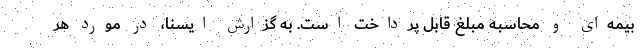
بیمه‌ای و محاسبه مبلغ قابل پرداخت است. به گزارش ایسنا، در مورد هر